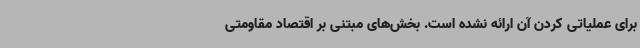
برای عملیاتی کردن آن ارائه نشده است. بخش‌های مبتنی بر اقتصاد مقاومتی